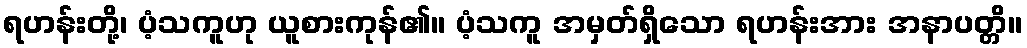
ရဟန်းတို့၊ ပံ့သကူဟု ယူစားကုန်၏။ ပံ့သကူ အမှတ်ရှိသော ရဟန်းအား အနာပတ္တိ။